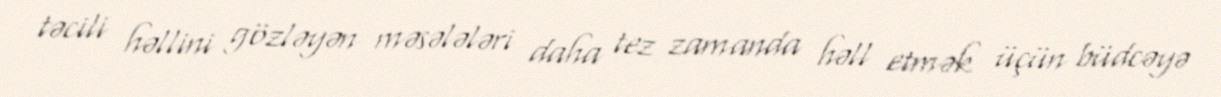
təcili həllini gözləyən məsələləri daha tez zamanda həll etmək üçün büdcəyə